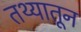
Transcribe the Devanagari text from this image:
तथ्यातून